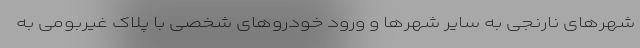
شهرهای نارنجی به سایر شهرها و ورود خودروهای شخصی با پلاک غیربومی به